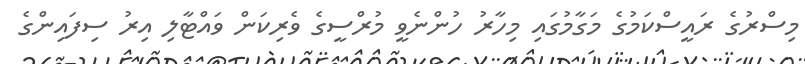
މިސްރުގެ ރައީސްކަމުގެ މަގާމުގައި މިހާރު ހުންނެވީ މުރްސީގެ ވެރިކަން ވައްޓާލި އިރު ސިފައިންގެ